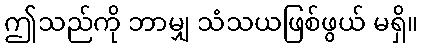
ဤသည်ကို ဘာမျှ သံသယဖြစ်ဖွယ် မရှိ။